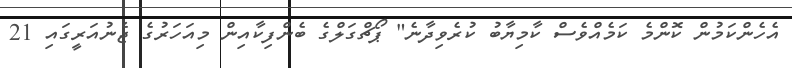
އެހެންކަމުން ކޮންމެ ކަމެއްވެސް ކާމިޔާބު ކުރެވިދާނެ" ޕޯޗްގަލްގެ ބެންފިކާއިން މިއަހަރުގެ ޖެނުއަރީގައި 21